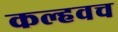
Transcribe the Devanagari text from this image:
कल्हवच